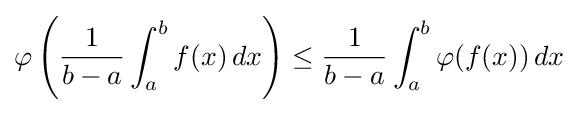
\varphi \left({\frac {1}{b-a}}\int _{a}^{b}f(x)\,dx\right)\leq {\frac {1}{b-a}}\int _{a}^{b}\varphi (f(x))\,dx